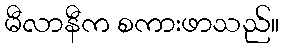
မီလာနီက စကားဖာသည်။